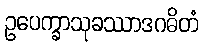
ဥပေက္ခာသုခဿာဒဂဓိတံ